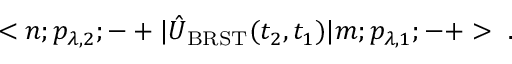
< n ; p _ { \lambda , 2 } ; - + | \hat { U } _ { \mathrm { B R S T } } ( t _ { 2 } , t _ { 1 } ) | m ; p _ { \lambda , 1 } ; - + > \ .